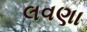
લવણા